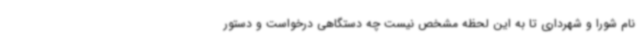
نام شورا و شهرداری تا به این لحظه مشخص نیست چه دستگاهی درخواست و دستور